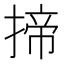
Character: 揥